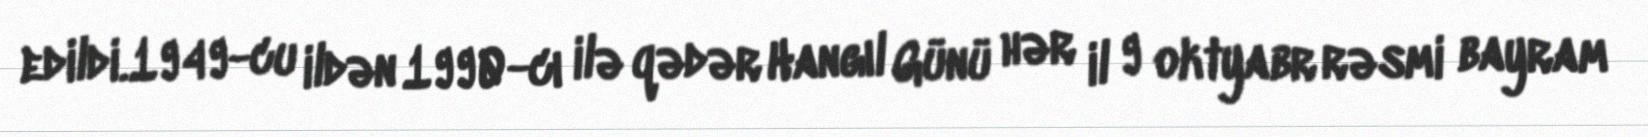
edildi.1949-cu ildən 1990-cı ilə qədər Hangıl Günü hər il 9 oktyabr rəsmi bayram